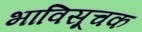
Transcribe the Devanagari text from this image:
भाविसूचक